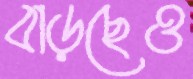
বাড়ছেও